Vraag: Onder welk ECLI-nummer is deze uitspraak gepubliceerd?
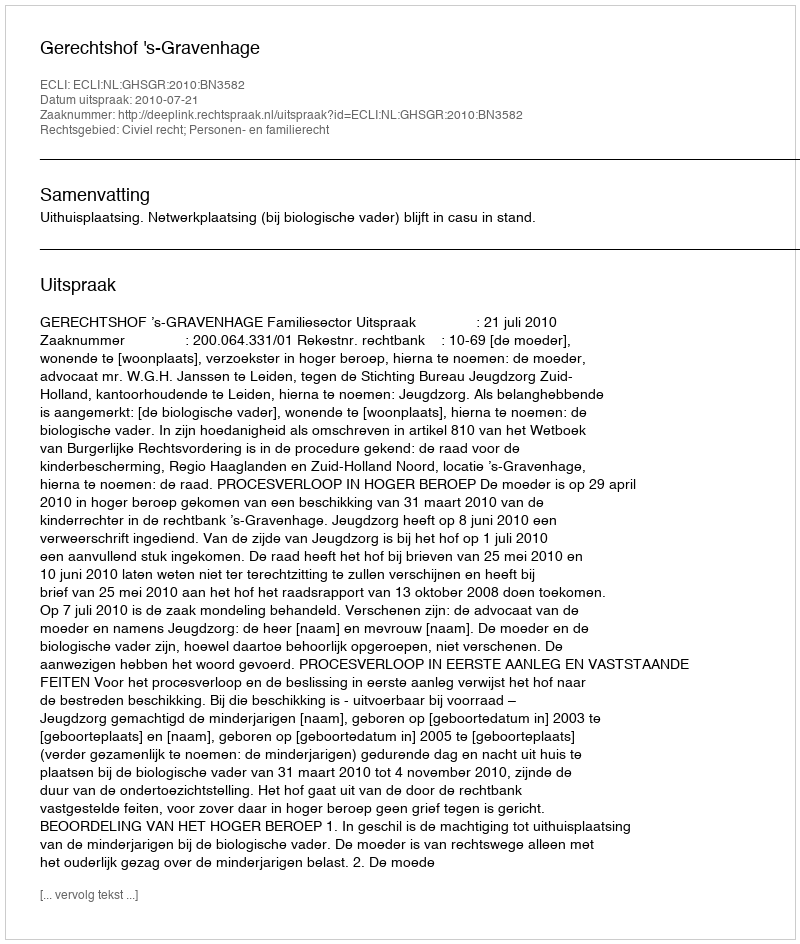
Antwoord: ECLI:NL:GHSGR:2010:BN3582